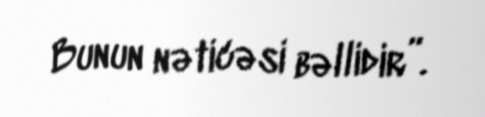
Bunun nəticəsi bəllidir”.